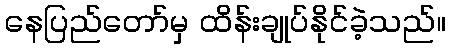
နေပြည်တော်မှ ထိန်းချုပ်နိုင်ခဲ့သည်။